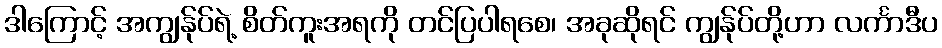
ဒါကြောင့် အကျွန်ုပ်ရဲ့ စိတ်ကူးအရကို တင်ပြပါရစေ၊ အခုဆိုရင် ကျွန်ုပ်တို့ဟာ လင်္ကာဒီပ